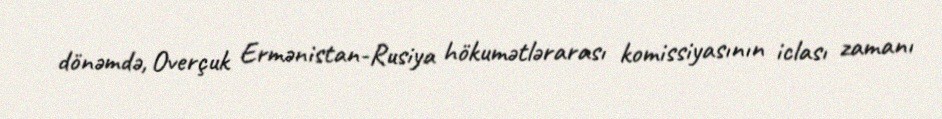
dönəmdə, Overçuk Ermənistan-Rusiya hökumətlərarası komissiyasının iclası zamanı